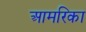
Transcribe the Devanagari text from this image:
आमरिका